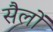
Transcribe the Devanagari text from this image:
सैलों